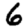
Digit: 6